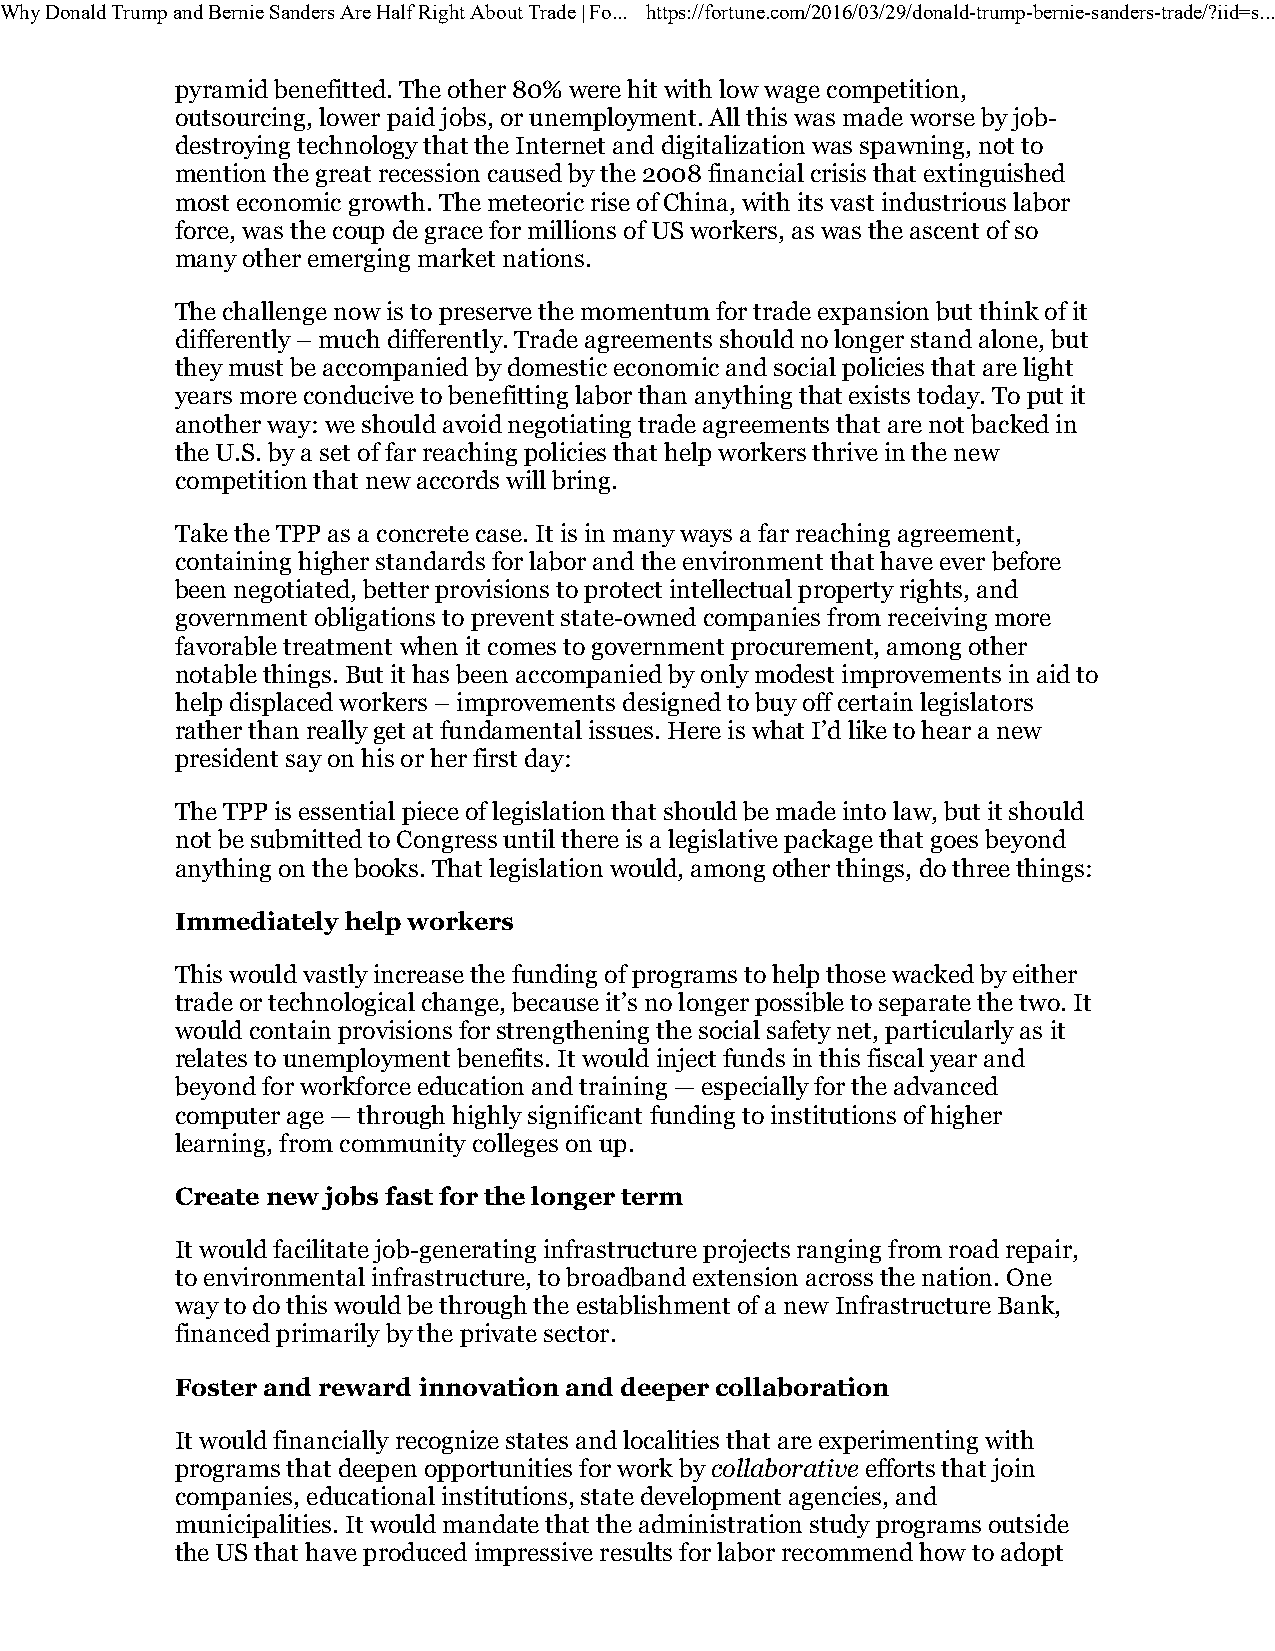
Why Donald Trump and Bernie Sanders Are Half Right About Trade | Fo... https://fortune.com/2016/03/29/donald-trump-bernie-sanders-trade/?iid=s...
 pyramid benefitted. The other 80% were hit with low wage competition,
 outsourcing, lower paid jobs, or unemployment. All this was made worse by job-
 destroying technology that the Internet and digitalization was spawning, not to
 mention the great recession caused by the 2008 financial crisis that extinguished
 most economic growth. The meteoric rise of China, with its vast industrious labor
 force, was the coup de grace for millions of US workers, as was the ascent of so
 many other emerging market nations.
 The challenge now is to preserve the momentum for trade expansion but think of it
 differently – much differently. Trade agreements should no longer stand alone, but
 they must be accompanied by domestic economic and social policies that are light
 years more conducive to benefitting labor than anything that exists today. To put it
 another way: we should avoid negotiating trade agreements that are not backed in
 the U.S. by a set of far reaching policies that help workers thrive in the new
 competition that new accords will bring.
 Take the TPP as a concrete case. It is in many ways a far reaching agreement,
 containing higher standards for labor and the environment that have ever before
 been negotiated, better provisions to protect intellectual property rights, and
 government obligations to prevent state-owned companies from receiving more
 favorable treatment when it comes to government procurement, among other
 notable things. But it has been accompanied by only modest improvements in aid to
 help displaced workers – improvements designed to buy off certain legislators
 rather than really get at fundamental issues. Here is what I’d like to hear a new
 president say on his or her first day:
 The TPP is essential piece of legislation that should be made into law, but it should
 not be submitted to Congress until there is a legislative package that goes beyond
 anything on the books. That legislation would, among other things, do three things:
 Immediately help workers
 This would vastly increase the funding of programs to help those wacked by either
 trade or technological change, because it’s no longer possible to separate the two. It
 would contain provisions for strengthening the social safety net, particularly as it
 relates to unemployment benefits. It would inject funds in this fiscal year and
 beyond for workforce education and training — especially for the advanced
 computer age — through highly significant funding to institutions of higher
 learning, from community colleges on up.
 Create new jobs fast for the longer term
 It would facilitate job-generating infrastructure projects ranging from road repair,
 to environmental infrastructure, to broadband extension across the nation. One
 way to do this would be through the establishment of a new Infrastructure Bank,
 financed primarily by the private sector.
 Foster and reward innovation and deeper collaboration
 It would financially recognize states and localities that are experimenting with
 programs that deepen opportunities for work by collaborative efforts that join
 companies, educational institutions, state development agencies, and
 municipalities. It would mandate that the administration study programs outside
 the US that have produced impressive results for labor recommend how to adopt